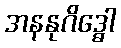
အနနုဂိဒ္ဓေါ